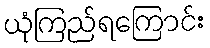
ယုံကြည်ရကြောင်း